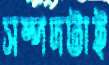
সম্পদটাই